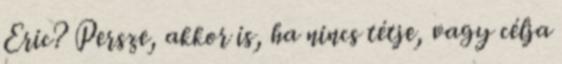
Eric? Persze, akkor is, ha nincs tétje, vagy célja